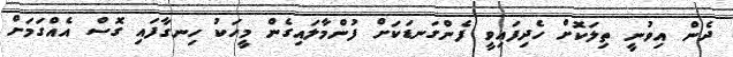
ދެން އިވުނީ ތިލަކޮށް ހެދިފައިވީ ފެންގަނޑަކަށް ފުންމާލައިގެން މީހަކު ހިނގާފައި ގޮސް އެއްގަމަށް